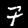
Label: 7